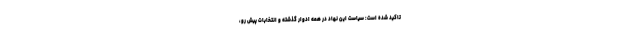
تاکید شده است: سیاست این نهاد در همه ادوار گذشته و انتخابات پیش رو،